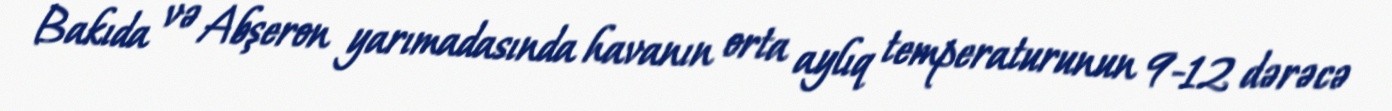
Bakıda və Abşeron yarımadasında havanın orta aylıq temperaturunun 9-12 dərəcə